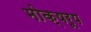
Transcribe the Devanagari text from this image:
मोक्षरूप